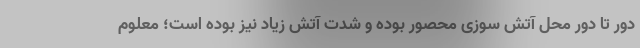
دور تا دور محل آتش سوزی محصور بوده و شدت آتش زیاد نیز بوده است؛ معلوم